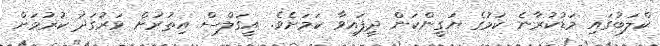
ކްލަބުގައި މަޑުކުރާނެ ކަމުގެ ޔަގީންކަން ދީފައިވާ ކަމަށެވެ. އީގަލްސް އިތުރަށް ވަރުގަދަ ކުރުމަށް